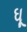
ઘૂ